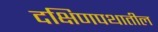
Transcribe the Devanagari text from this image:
दक्षिणपथातील